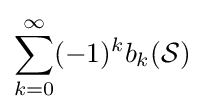
\sum _{k=0}^{\infty }(-1)^{k}b_{k}({\mathcal {S}})